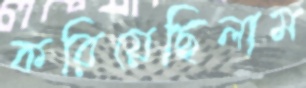
করিয়েছিলাম